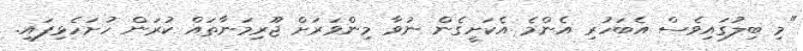
"މި ބިލުގައިވެސް އެބަހުރި އެންމެ އެކަށީގެން ނުވާ މިންވަރަަށް ޖޫރިމަަނާތައް ކުރަން ހުށަހެޅިފައި.